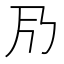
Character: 𠂏